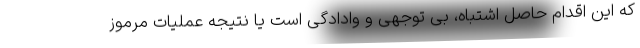
که این اقدام حاصل اشتباه، بی توجهی و وادادگی است یا نتیجه عملیات مرموز